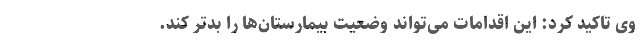
وی تاکید کرد: این اقدامات می‌تواند وضعیت بیمارستان‌ها را بدتر کند.